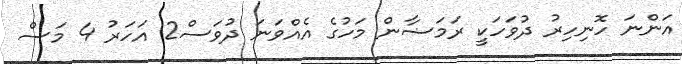
އަންނަ ހޮނިހިރު ދުވަހަކީ ރަމަޟާން މަހުގެ އެއްވަނަ ދުވަސް2 އަހަރު 4 މަސް